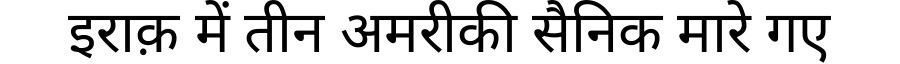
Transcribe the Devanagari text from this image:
इराक़ में तीन अमरीकी सैनिक मारे गए